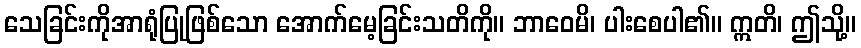
သေခြင်းကိုအာရုံပြုဖြစ်သော အောက်မေ့ခြင်းသတိကို။ ဘာဝေမိ၊ ပါးစေပါ၏။ ဣတိ၊ ဤသို့။